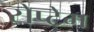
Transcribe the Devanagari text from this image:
सेप्टेम